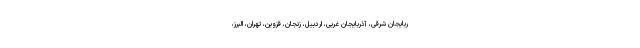
ربایجان شرقی، آذربایجان غربی، اردبیل، زنجان، قزوین، تهران، البرز،